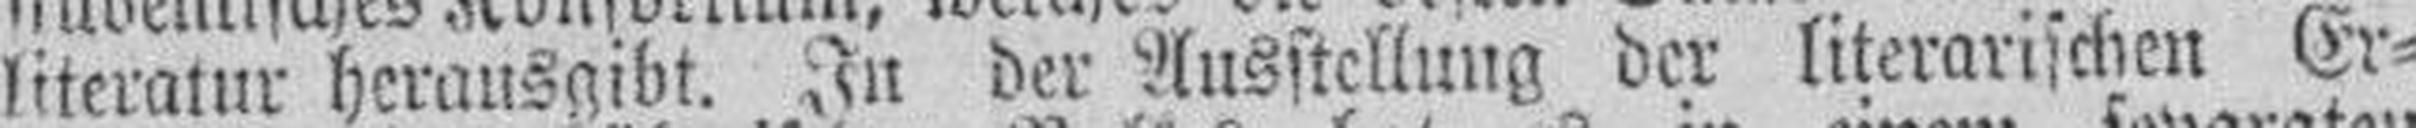
literatur herausgibt. In der Ausstellung der literarischen Er¬